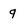
Character: q